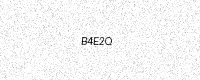
Text: B4E2Q